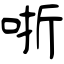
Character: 哳